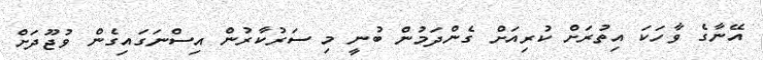
އޭނާގެ ވާހަކަ އިތުރަށް ކުރިއަށް ގެންދަމުން ބުނީ މި ސަރުކާރުން އިސްނަގައިގެން ވުޖޫދަށް